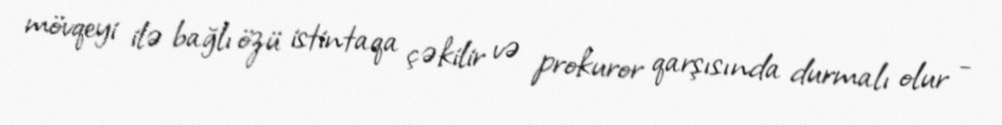
mövqeyi ilə bağlı özü istintaqa çəkilir və prokuror qarşısında durmalı olur -